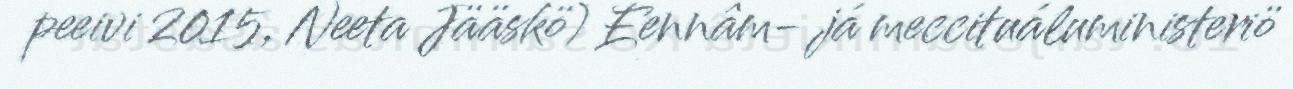
peeivi 2015, Neeta Jääskö) Eennâm- já meccituáluministeriö